Newspaper: Arizona republican. [volume]
Place of publication: Phoenix, Ariz.
Publisher: Republican Pub. Co.
Date: 1890-12-02 00:00:00
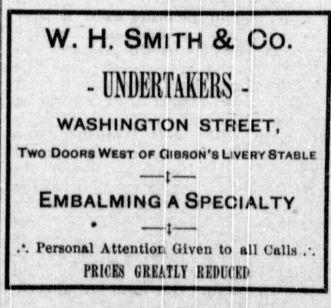
Advertisement text (OCR):
W H Smith Co WASHINGTCJN STREET Two Doors West of CIibsons Livery Stable Embalming a Specialty Personal Attention Given to all Calls PRICES GREATLY REDKEh
Label: text-only